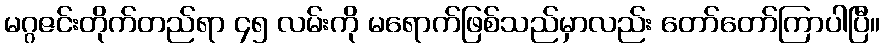
မဂ္ဂဇင်းတိုက်တည်ရာ ၄၅ လမ်းကို မရောက်ဖြစ်သည်မှာလည်း တော်တော်ကြာပါပြီ။